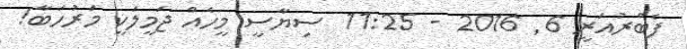
ފެބްރުއަރީ 6